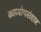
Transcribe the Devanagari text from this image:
काव्योपसंहार